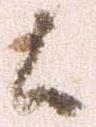
候